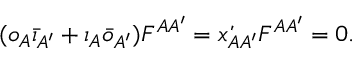
( o _ { A } \bar { \iota } _ { A ^ { \prime } } + \iota _ { A } \bar { o } _ { A ^ { \prime } } ) { \cal F } ^ { A A ^ { \prime } } = \acute { x } _ { A A ^ { \prime } } { \cal F } ^ { A A ^ { \prime } } = 0 .